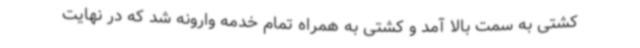
کشتی به سمت بالا آمد و کشتی به همراه تمام خدمه وارونه شد که در نهایت